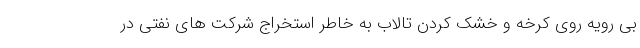
بی رویه روی کرخه و خشک کردن تالاب به خاطر استخراج شرکت های نفتی در